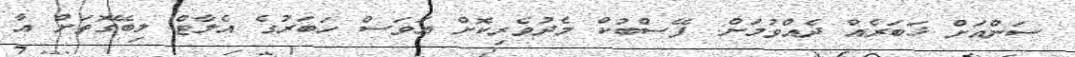
ސަންއަށް ޚަބަރެއް ދެއްވުމަށް: ފޭސްބުކް މެދުވެރިކޮށް އަވަސް ހަބަރުގެ އެލާޓް ލިބޭގޮތަށް އާ